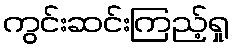
ကွင်းဆင်းကြည့်ရှု